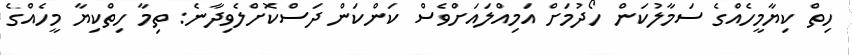
ހިތް ކިޔާމީހެއްގެ ސަމާލުކަން ހޯދުމަށް އަމިއްލައަށްވެސް ކަންކަން ދަސްކޮށްލެވިދާނެ: ތިމާ ހިތްކިޔާ މީހެއްގެ